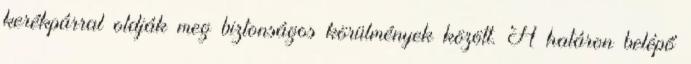
kerékpárral oldják meg biztonságos körülmények között. A határon belépő